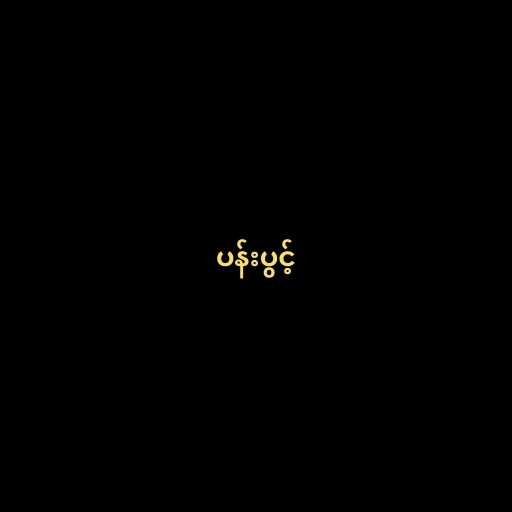
ပန်းပွင့်